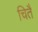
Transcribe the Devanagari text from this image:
चितै